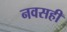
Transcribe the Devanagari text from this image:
नवसही